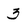
Character: 3